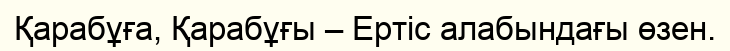
Қарабұға, Қарабұғы – Ертіс алабындағы өзен.